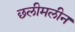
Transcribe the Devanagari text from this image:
छलीमलीन